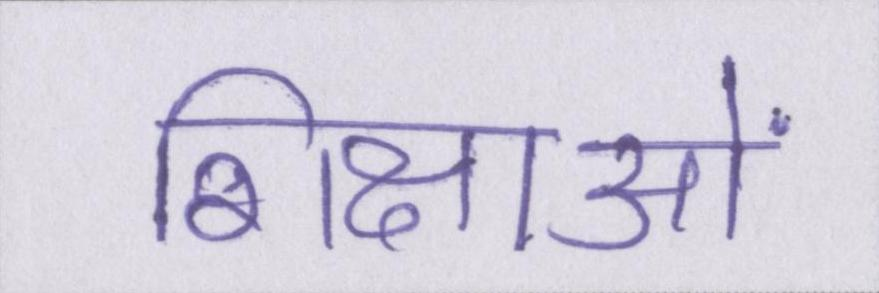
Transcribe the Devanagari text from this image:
शिक्षाओं